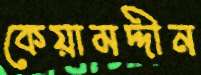
কেয়ামদ্দীন